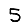
Digit: 5